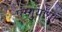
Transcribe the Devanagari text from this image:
पंग्गुयांगां